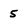
Character: 5